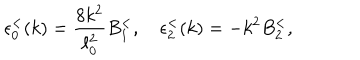
\epsilon _ { 0 } ^ { < } ( k ) = { \frac { 8 k ^ { 2 } } { \ell _ { 0 } ^ { 2 } } } B _ { 1 } ^ { < } , \quad \epsilon _ { 2 } ^ { < } ( k ) = - k ^ { 2 } B _ { 2 } ^ { < } ,